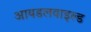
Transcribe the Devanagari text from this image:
आयडलवाइल्ड